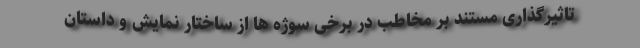
تاثیرگذاری مستند بر مخاطب در برخی سوژه ها از ساختار نمایش و داستان